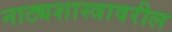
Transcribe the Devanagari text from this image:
नाट्यशास्त्रावरील